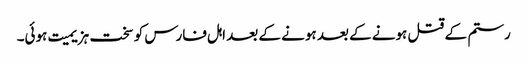
رستم کے قتل ہونے کے بعد ہونے کے بعد اہل فارس کو سخت ہزیمیت ہوئی۔